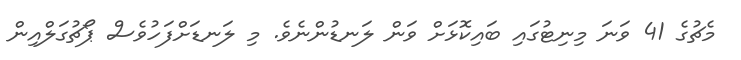
މެޗުގެ 41 ވަނަ މިނިޓުގައި ބައިކޮޅަށް ވަން ލަނޑުންނެވެ. މި ލަނޑަށްފަހުވެސް ޕޯޗުގަލްއިން